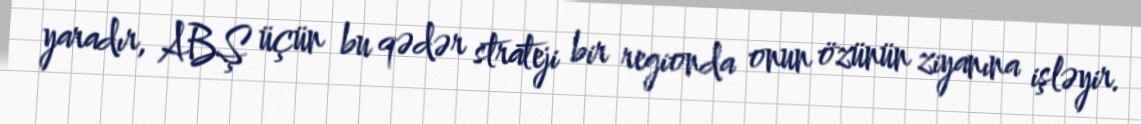
yaradır, ABŞ üçün bu qədər strateji bir regionda onun özünün ziyanına işləyir.